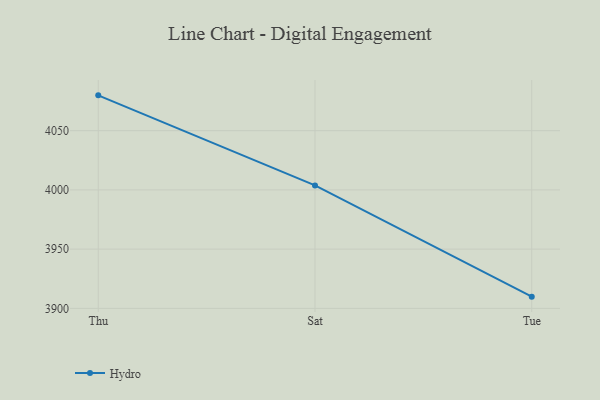
{"axis": {"x": "Day", "y": "Page Views"}, "legend": ["Hydro"], "data": [{"x": "Thu", "y": 4079.8, "type": "Hydro"}, {"x": "Sat", "y": 4003.8, "type": "Hydro"}, {"x": "Tue", "y": 3909.9, "type": "Hydro"}]}